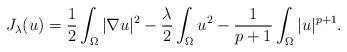
LaTeX: \begin{align*}J_\lambda(u)=\frac{1}{2}\int_{\Omega}\vert\nabla u\vert^2-\frac{\lambda}{2}\int_{\Omega}u^2-\frac{1}{p+1}\int_{\Omega}|u|^{p+1}.\end{align*}